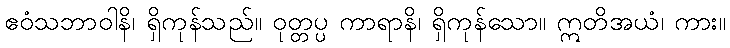
ဧဝံသဘာဝါနိ၊ ရှိကုန်သည်။ ဝုတ္တပ္ပ ကာရာနိ၊ ရှိကုန်သော။ ဣတိအယံ၊ ကား။